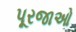
પૂરજાઓ